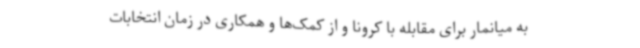
به میانمار برای مقابله با کرونا و از کمک‌ها و همکاری در زمان انتخابات